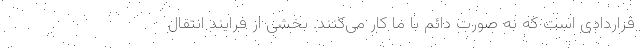
قراردادی است که به صورت دائم با ما کار می‌کنند. بخشی از فرایند انتقال